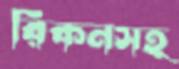
রিকনসহ